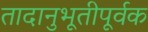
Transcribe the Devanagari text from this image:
तादानुभूतीपूर्वक